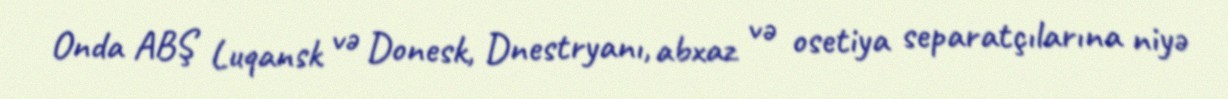
Onda ABŞ Luqansk və Donesk, Dnestryanı, abxaz və osetiya separatçılarına niyə